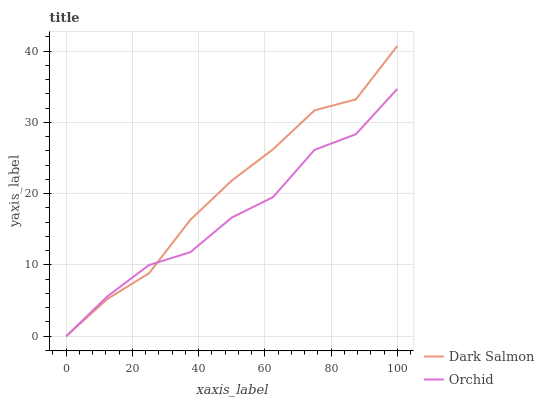
| xaxis_label | Dark Salmon | Orchid |
 | --- | --- | --- |
 | 0 | 0 | 0 |
 | 12.5 | 5.24 | 5.61 |
 | 25 | 8.82 | 9.98 |
 | 37.5 | 16.3 | 11.8 |
 | 50 | 21.8 | 16.6 |
 | 62.5 | 26.2 | 19.5 |
 | 75 | 31.7 | 26.1 |
 | 87.5 | 33.2 | 28.3 |
 | 100 | 40.7 | 34.7 |